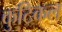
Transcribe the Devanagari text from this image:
कुटिकल